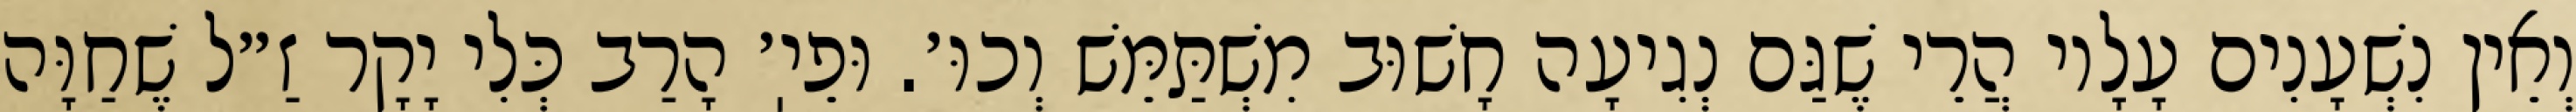
וְאֵין נִשְׁעָנִים עָלָיו הֲרֵי שֶׁגַּם נְגִיעָה חָשׁוּב מִשְׁתַּמֵּשׁ וְכוּ׳. וּפֵיֽ׳ הָרַב כְּלִי יָקָר זַ״ל שֶׁחַוָּה